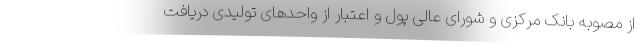
از مصوبه بانک مرکزی و شورای عالی پول و اعتبار از واحدهای تولیدی دریافت